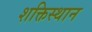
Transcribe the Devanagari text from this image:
शक्तिस्थान